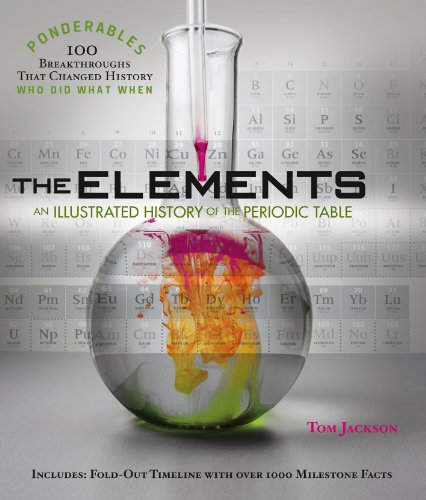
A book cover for The Elements: An Illustrated History of the Periodic Table (100 Ponderables); Tom Jackson; Science & Math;